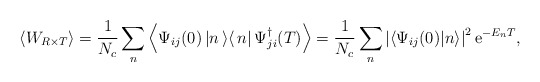
\begin{align*}\left<W_{R\times T}\right>=\frac{1}{N_c}\sum\limits_n^{} \left<\Psi_{ij}(0)\left|n\left>\right<n\right|\Psi_{ji}^\dagger(T)\right>=\frac{1}{N_c}\sum\limits_n^{}\left|\left<\Psi_{ij}(0)|n\right>\right|^2{\rm e}^{-E_nT},\end{align*}